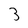
Character: 3